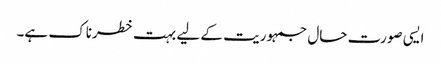
ایسی صورت حال جمہوریت کے لیے بہت خطرناک ہے۔